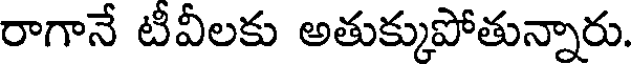
రాగానే టీవీలకు అతుక్కుపోతున్నారు.